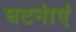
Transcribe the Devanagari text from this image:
घटनांएं